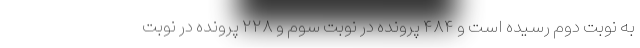
به نوبت دوم رسیده است و ۴۸۴ پرونده در نوبت سوم و ۲۲۸ پرونده در نوبت